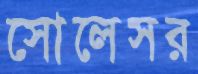
সোলেসর